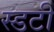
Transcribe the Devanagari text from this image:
स्डटी